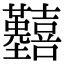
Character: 𡆒